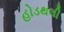
હોડથલી